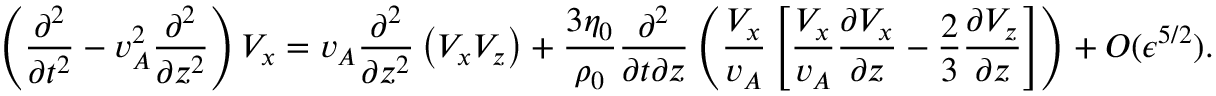
\left( \frac { \partial ^ { 2 } } { \partial t ^ { 2 } } - v _ { A } ^ { 2 } \frac { \partial ^ { 2 } } { \partial z ^ { 2 } } \right) V _ { x } = v _ { A } \frac { \partial ^ { 2 } } { \partial z ^ { 2 } } \left( V _ { x } V _ { z } \right) + \frac { 3 \eta _ { 0 } } { \rho _ { 0 } } \frac { \partial ^ { 2 } } { \partial t \partial z } \left( \frac { V _ { x } } { v _ { A } } \left[ \frac { V _ { x } } { v _ { A } } \frac { \partial V _ { x } } { \partial z } - \frac { 2 } { 3 } \frac { \partial V _ { z } } { \partial z } \right] \right) + O ( \epsilon ^ { 5 / 2 } ) .